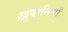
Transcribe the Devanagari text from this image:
ख़ुबानियाँ